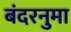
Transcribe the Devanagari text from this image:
बंदरनुमा